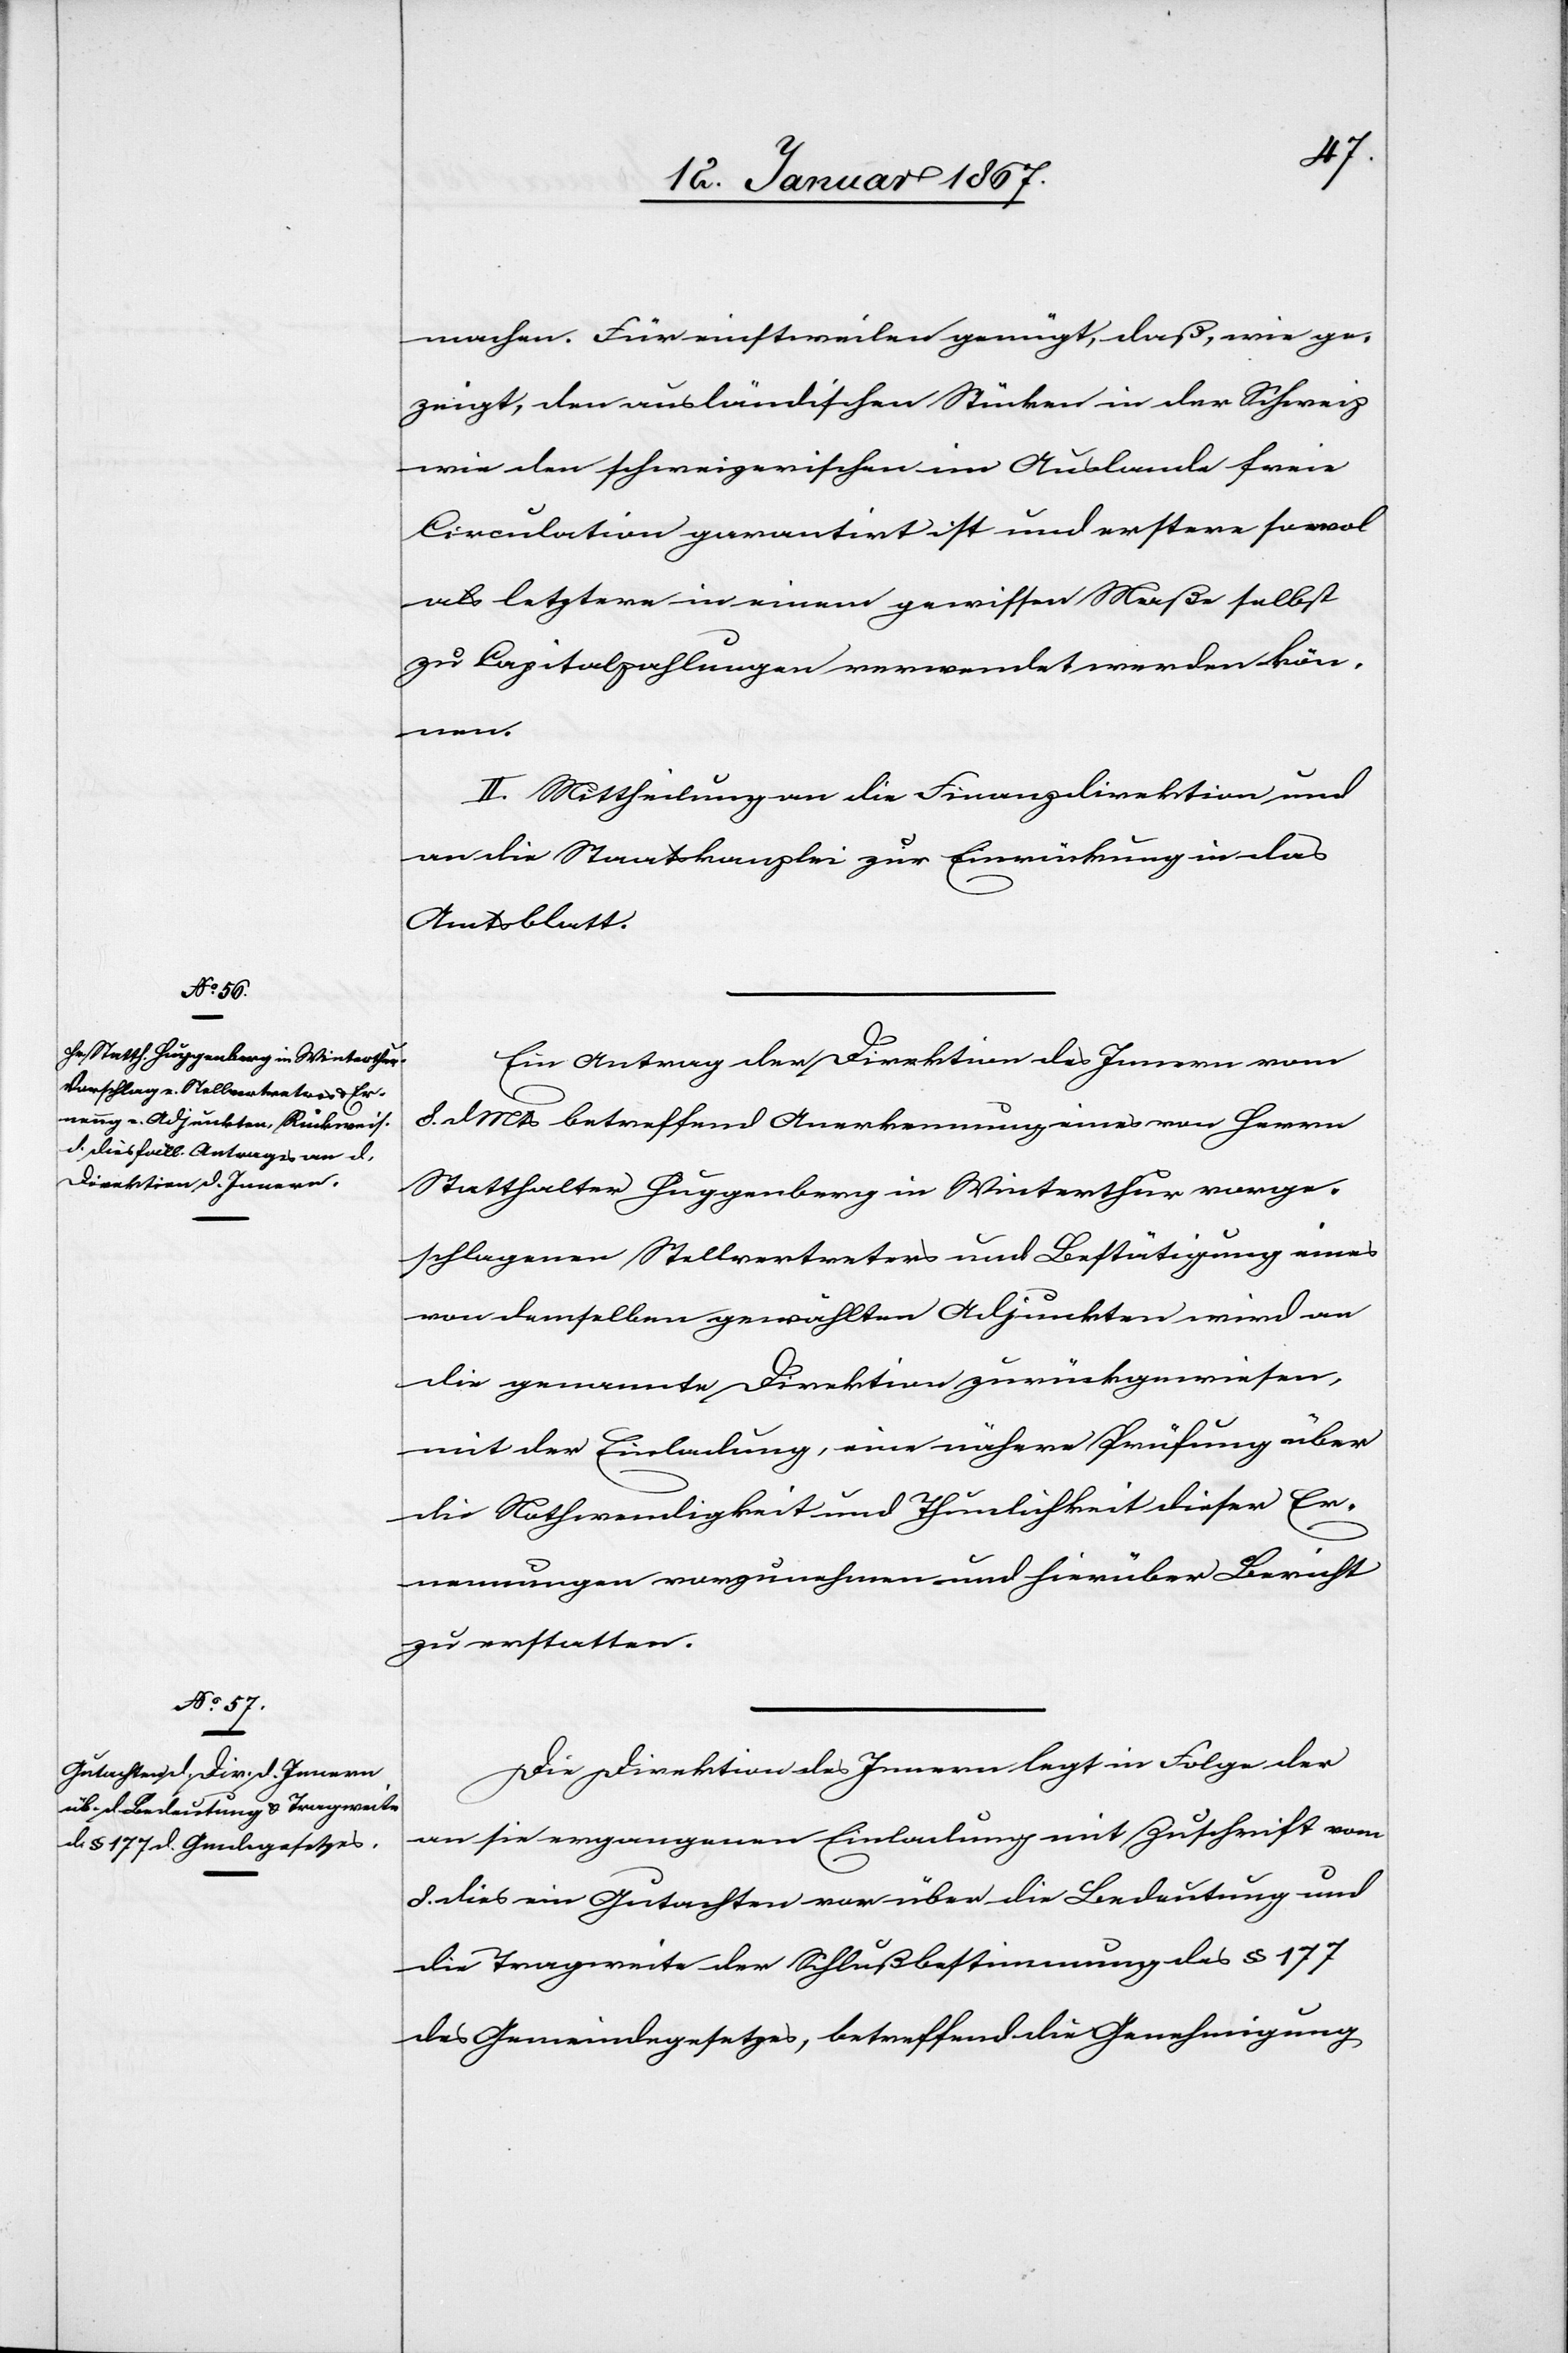
machen. Für einstweilen genügt, daß, wie ge¬
zeigt, den ausländischen Stücken in der Schweiz
wie den schweizerischen im Auslande freie
Circulation garantirt ist und erstere sowol
als letztere in einem gewissen Maße selbst
zu Capitalzahlungen verwendet werden kön¬
nen.
II. Mittheilung an die Finanzdirektion und
an die Staatskanzlei zur Einrückung in das
Amtsblatt.
Ein Antrag der Direktion des Innern vom
8. d. Mts. betreffend Anerkennung eines von Herrn
Statthalter Guggenberg in Winterthur vorge¬
schlagenen Stellvertreters und Bestätigung eines
von demselben gewählten Adjunkten wird an
die genannte Direktion zurückgewiesen,
mit der Einladung, eine nähere Prüfung über
die Nothwendigkeit und Thunlichkeit dieser Er¬
nennungen vorzunehmen und hierüber Bericht
zu erstatten.
Die Direktion des Innern legt in Folge der
an sie ergangenen Einladung mit Zuschrift vom
8. dies ein Gutachten vor über die Bedeutung und
die Tragweite der Schlußbestimmung des § 177
des Gemeindegesetzes, betreffend die Genehmigung